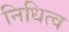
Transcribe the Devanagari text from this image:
निधित्व